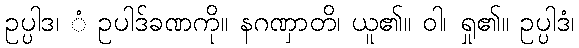
ဥပ္ပါဒ၊ ံ ဥပါဒ်ခဏကို။ နဂဏှာတိ၊ ယူ၏။ ဝါ၊ ရှု၏။ ဥပ္ပါဒံ၊